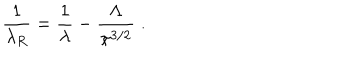
\frac { 1 } { \lambda _ { R } } = \frac { 1 } { \lambda } - \frac { \Lambda } { \pi ^ { 3 / 2 } } \; .